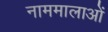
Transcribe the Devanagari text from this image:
नाममालाओं